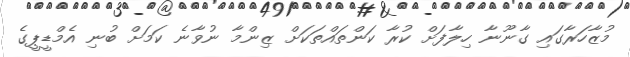
މުޒާހަރާގައި ގާނޫނާ ހިލާފަށް ކުރާ ކަންތައްތަކަށް ޒިންމާ ނުވާނެ ކަމަށް ބުނި އެމްޑީޕީގެ